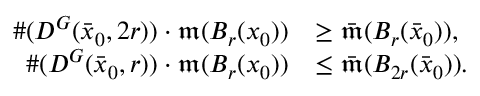
\begin{array} { r l } { \# ( D ^ { G } ( \bar { x } _ { 0 } , 2 r ) ) \cdot \mathfrak { m } ( B _ { r } ( x _ { 0 } ) ) } & { \geq \bar { \mathfrak { m } } ( B _ { r } ( \bar { x } _ { 0 } ) ) , } \\ { \# ( D ^ { G } ( \bar { x } _ { 0 } , r ) ) \cdot \mathfrak { m } ( B _ { r } ( x _ { 0 } ) ) } & { \leq \bar { \mathfrak { m } } ( B _ { 2 r } ( \bar { x } _ { 0 } ) ) . } \end{array}